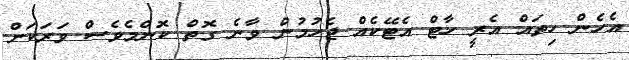
އެހެން ހިތައް އެރީ ހާޓް އެޓޭކެއް ޖެހުމުން ވާނެ ގޮތް ކޮންމެވެސް ވަރަކަށް